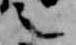
之